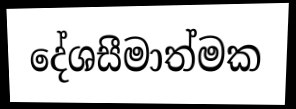
දේශසීමාත්මක